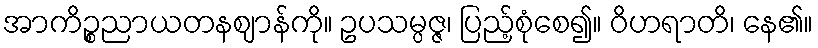
အာကိဉ္စညာယတနဈာန်ကို။ ဥပသမ္ပဇ္ဇ၊ ပြည့်စုံစေ၍။ ဝိဟရာတိ၊ နေ၏။